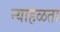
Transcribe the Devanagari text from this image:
न्याहळता